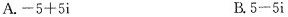
A.$$- 5 + 5 i$$ B.$$ 5 - 5 i$$